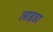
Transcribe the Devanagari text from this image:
लाइडा